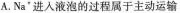
A.Na^{+}进入液泡的过程属于主动运输